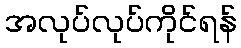
အလုပ်လုပ်ကိုင်ရန်